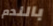
بالندم